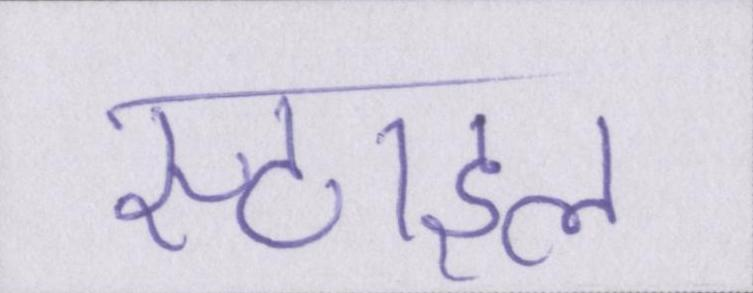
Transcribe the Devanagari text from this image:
स्टाइल